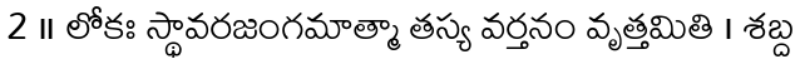
2 ॥ లోకః స్థావరజంగమాత్మా తస్య వర్తనం వృత్తమితి । శబ్ద